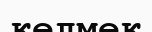
келмек